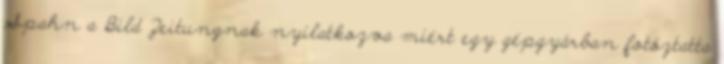
Spahn a Bild Zeitungnak nyilatkozva miért egy gépgyárban fotóztatta